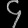
Digit: ၄